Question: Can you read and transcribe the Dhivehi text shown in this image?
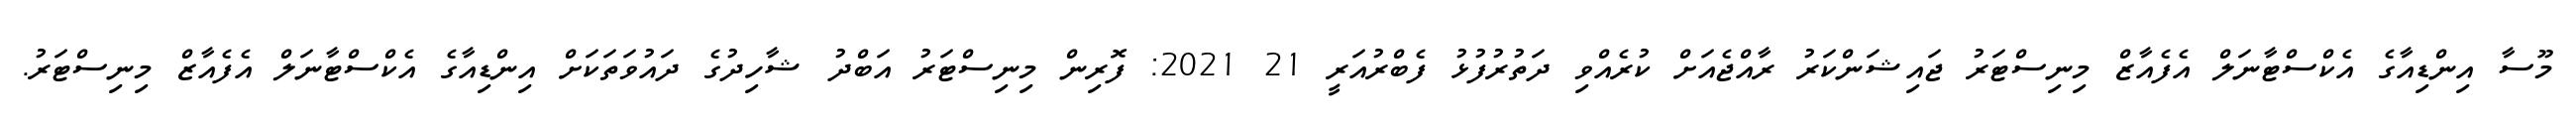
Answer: މޫސާ އިންޑިއާގެ އެކްސްޓާނަލް އެފެއާޒް މިނިސްޓަރު ޖައިޝަންކަރު ރާއްޖެއަށް ކުރެއްވި ދަތުރުފުޅު ފެބްރުއަރީ 21 2021: ފޮރިން މިނިސްޓަރު އަބްދު ޝާހިދުގެ ދައުވަތަކަށް އިންޑިއާގެ އެކްސްޓާނަލް އެފެއާޒް މިނިސްޓަރު.